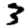
Digit: 3